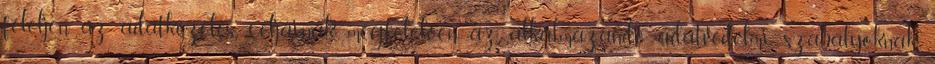
feleljen az adatkezelés céljainak megfelelően az alkalmazandó adatvédelmi szabályoknak.